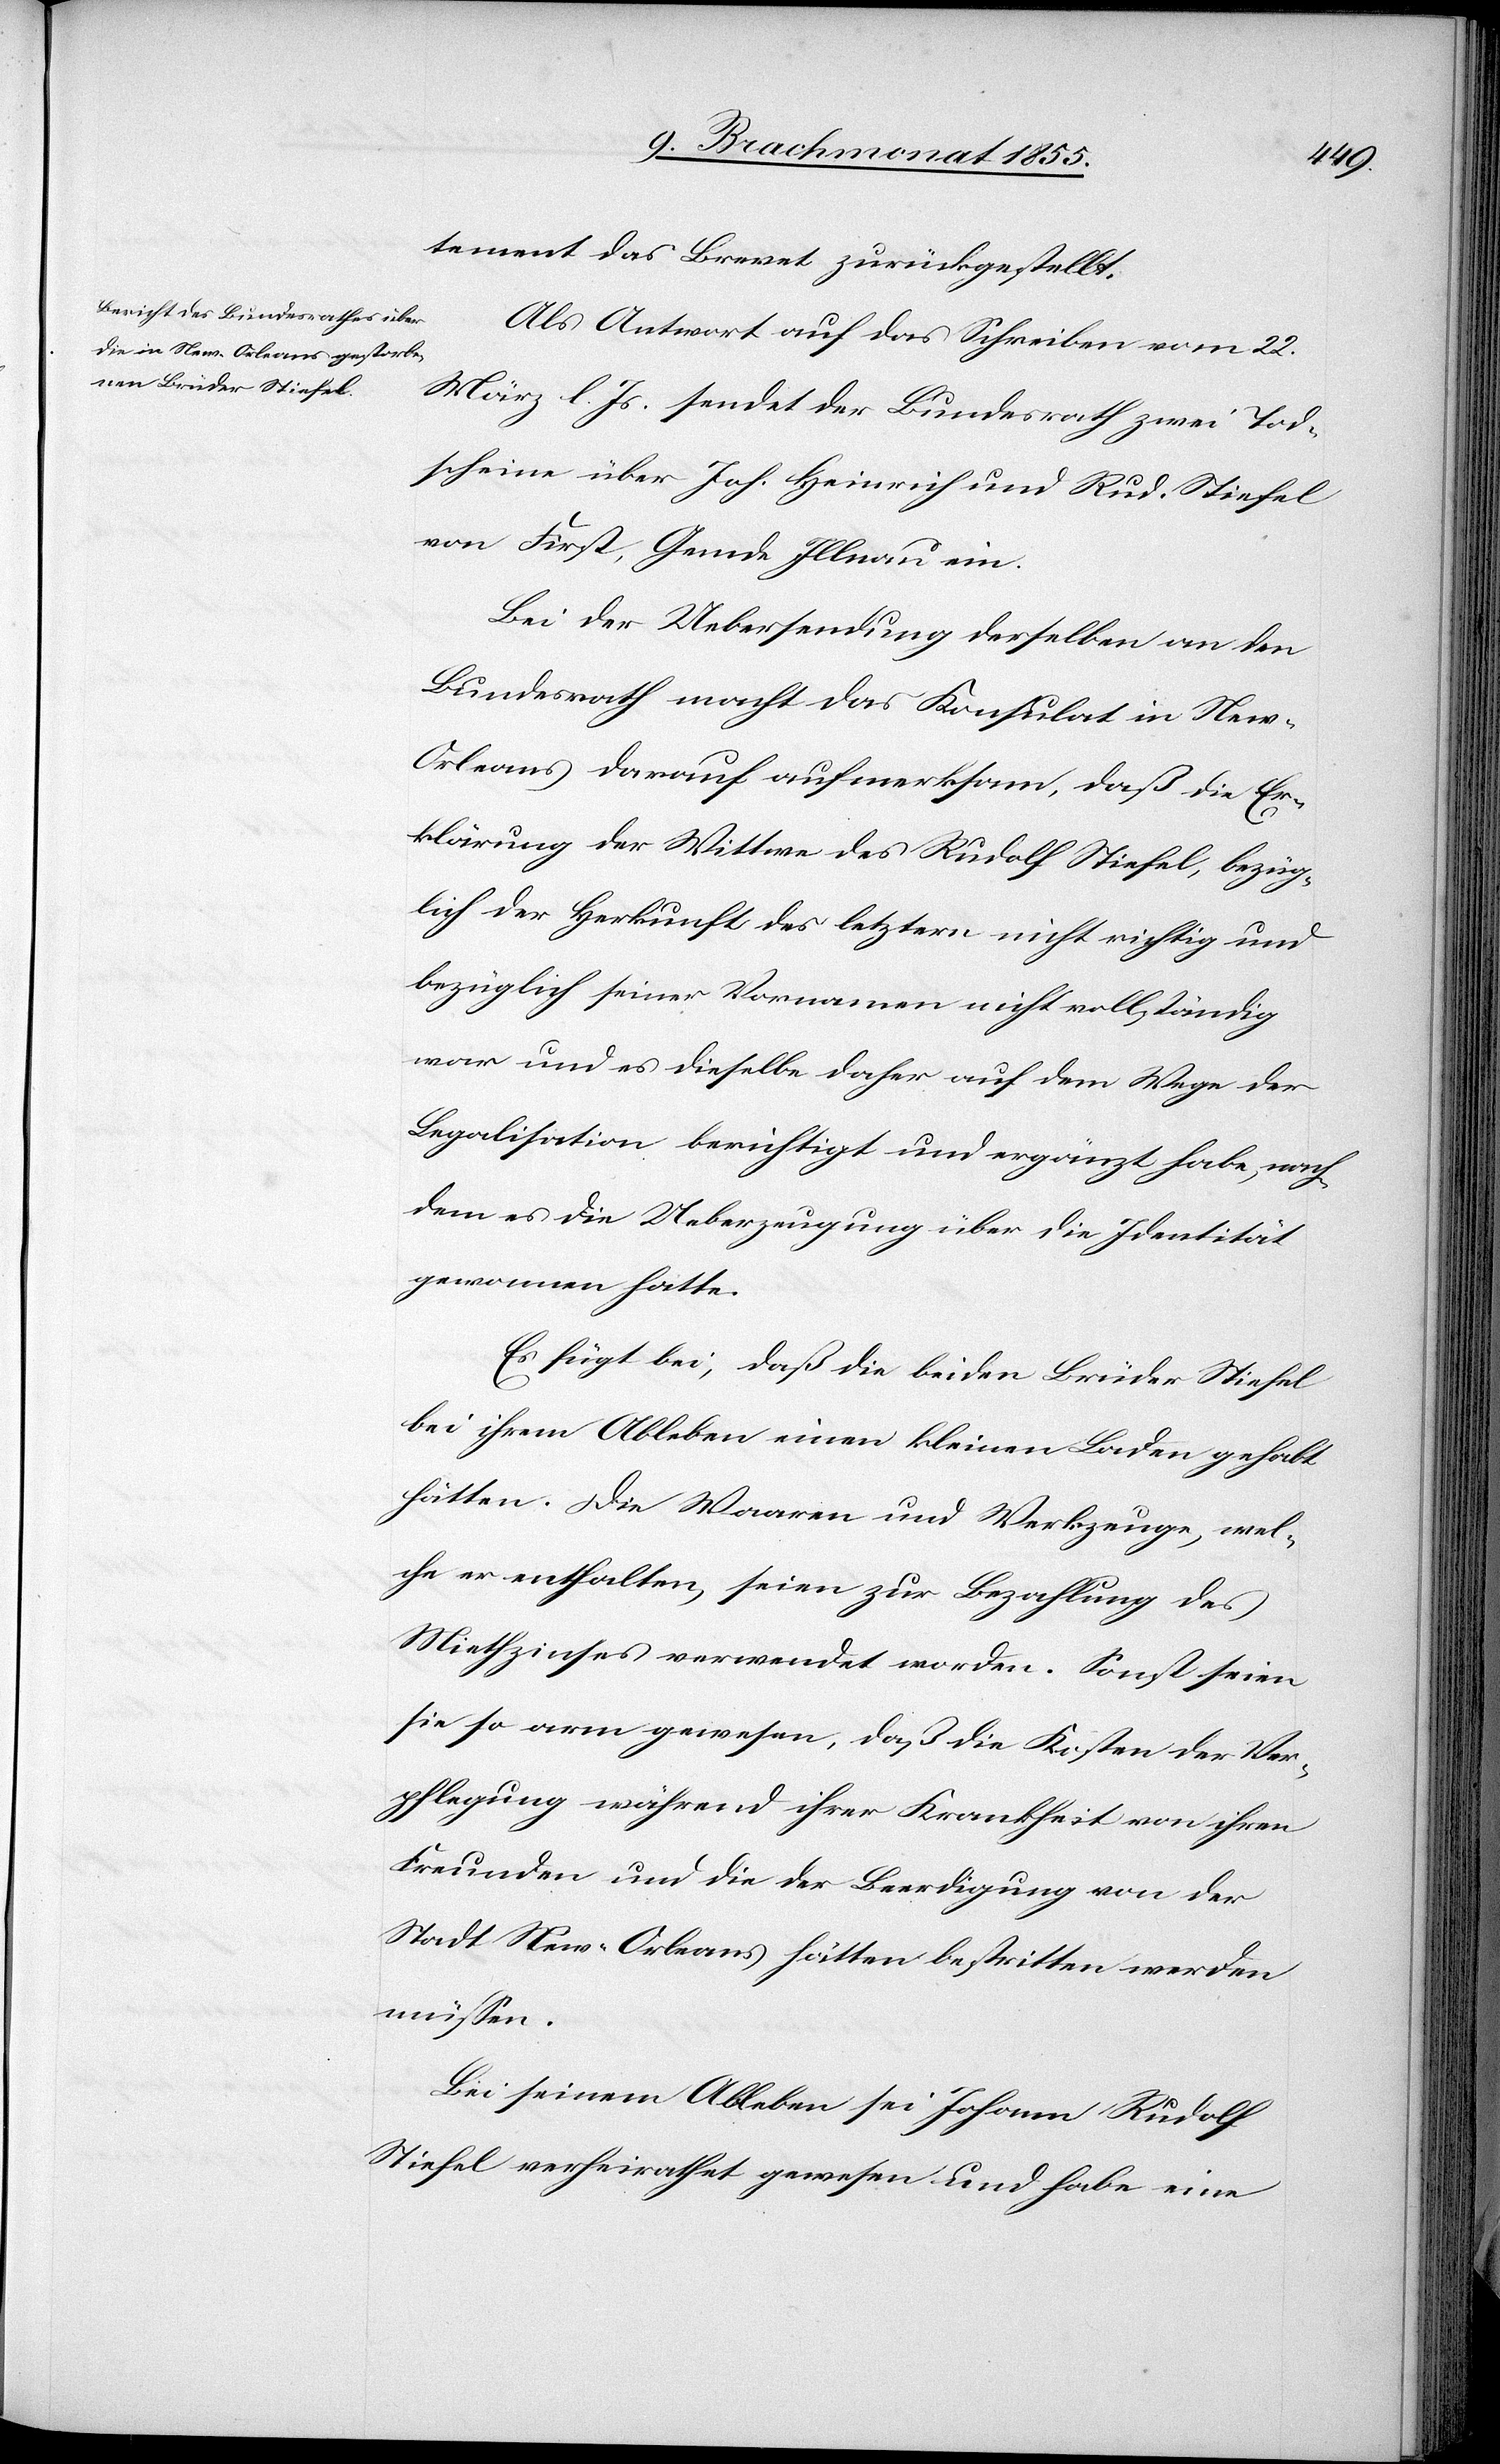
tement das Brevet zurückgestellt.
Als Antwort auf das Schreiben vom 22.
März l. Js. sendet der Bundesrath zwei Tod¬
scheine über Joh. Heinrich und Rud. Stiefel
von First, Gemde Illnau ein.
Bei der Uebersendung derselben an den
Bundesrath macht das Konsulat in Ne¬
w-Orleans darauf aufmerksam, daß die Er¬
klärung der Wittwe des Rudolf Stiefel, bezüg¬
lich der Herkunft des letztern nicht richtig und
bezüglich seiner Vornamen nicht vollständig
war und es dieselbe daher auf dem Wege der
Legalisation berichtigt und ergänzt habe, nach¬
dem es die Ueberzeugung über die Identität
gewonnen hatte.
Es fügt bei, daß die beiden Brüder Stiefel
bei ihrem Ableben einen kleinen Laden gehabt
hätten. Die Waaren und Werkzeuge, wel¬
che er enthalten, seien zur Bezahlung des
Miethzinses verwendet worden. Sonst seien
sie so arm gewesen, daß die Kosten der Ver¬
pflegung während ihrer Krankheit von ihren
Freunden und die der Beerdigung von der
Stadt New-Orleans hätten bestritten werden
müssen.
Bei seinem Ableben sei Johann Rudolf
Stiefel verheirathet gewesen und habe eine